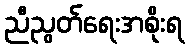
ညီညွတ်ရေးအစိုးရ